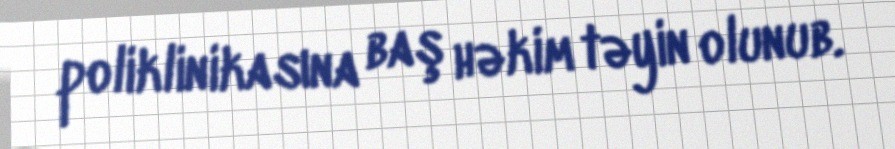
poliklinikasına baş həkim təyin olunub.